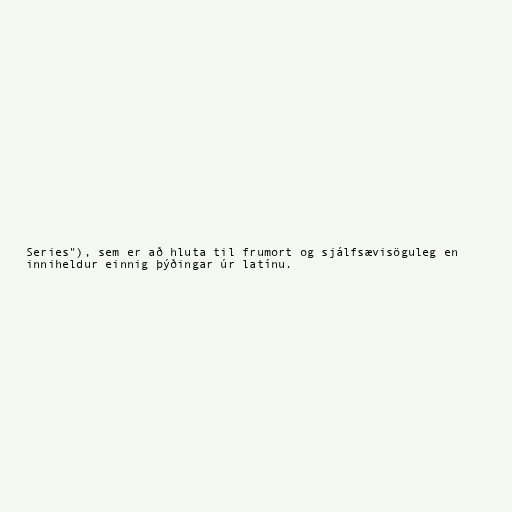
Series"), sem er að hluta til frumort og sjálfsævisöguleg en
inniheldur einnig þýðingar úr latínu.